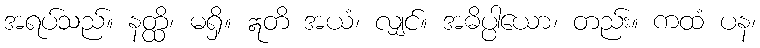
အရပ်သည်။ နတ္ထိ၊ မရှိ။ ဣတိ အယံ၊ လျှင်။ အဓိပ္ပါယော၊ တည်း။ ကထံ ပန၊